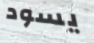
يسود